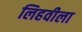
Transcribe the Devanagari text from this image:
लिहवीला